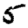
Digit: 5